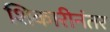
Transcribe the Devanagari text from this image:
शिकारीनंतर